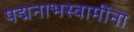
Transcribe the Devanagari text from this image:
पद्मनाभस्वामींना